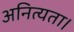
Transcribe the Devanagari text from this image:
अनित्यता।